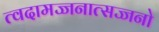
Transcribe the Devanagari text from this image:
त्वदामज्जनात्सज्जनो